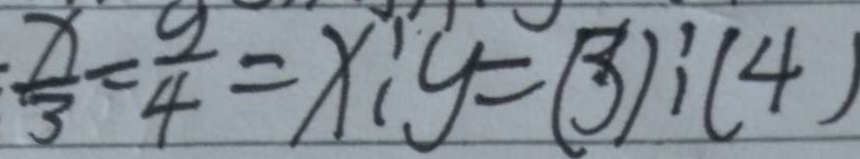
\frac { x } { 3 } = \frac { y } { 4 } = x : y = ( 3 ) : ( 4 )